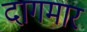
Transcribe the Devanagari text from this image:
दागमार